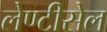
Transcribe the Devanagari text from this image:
लेण्टीसेल